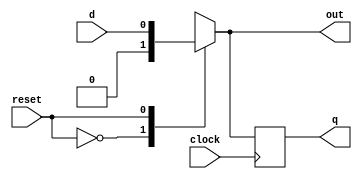
module d_ff_mux( input d,input clock,input reset,output reg out,output reg q); 
   always @(*)
   begin
    case(reset)
      1'b0:out=0;
      1'b1:out=d;
    endcase
  end
    always @ (posedge clock)
     begin
       q<=out;
     end
  endmodule